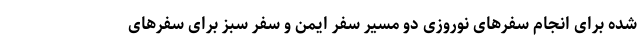
شده برای انجام سفرهای نوروزی دو مسیر سفر ایمن و سفر سبز برای سفرهای